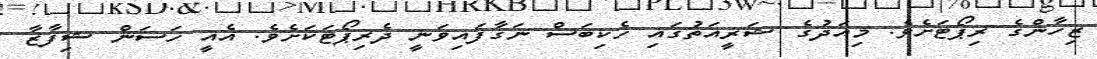
ޒިހާންގެ ރިޕޯޓަށެވެ. މިއަދުގެ ޝަރީއަތުގައި ހެކިބަސް ނަގާފައިވަނީ ދެރިޕޯޓަކަށެވެ. އެއީ ހަސަން ޝިފާޒާ